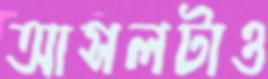
আসলটাও